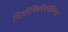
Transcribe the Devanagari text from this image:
थियोफिलेंथ्रोपिस्ट